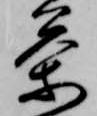
茶